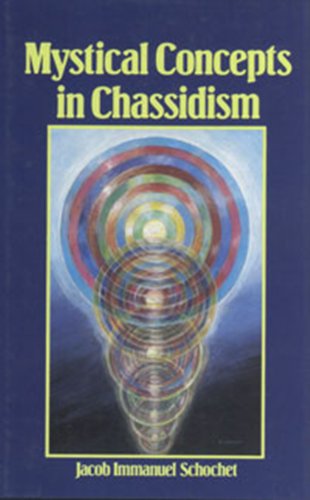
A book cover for Mystical Concepts in Chassidism: An Introduction to Kabbalistic Concepts and Doctrines; J. Immanuel Schochet; Religion & Spirituality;